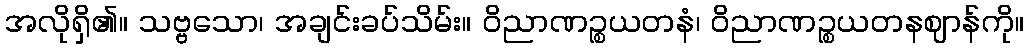
အလိုရှိ၏။ သဗ္ဗသော၊ အချင်းခပ်သိမ်း။ ဝိညာဏဉ္စယတနံ၊ ဝိညာဏဉ္စယတနဈာန်ကို။